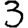
Digit: 3